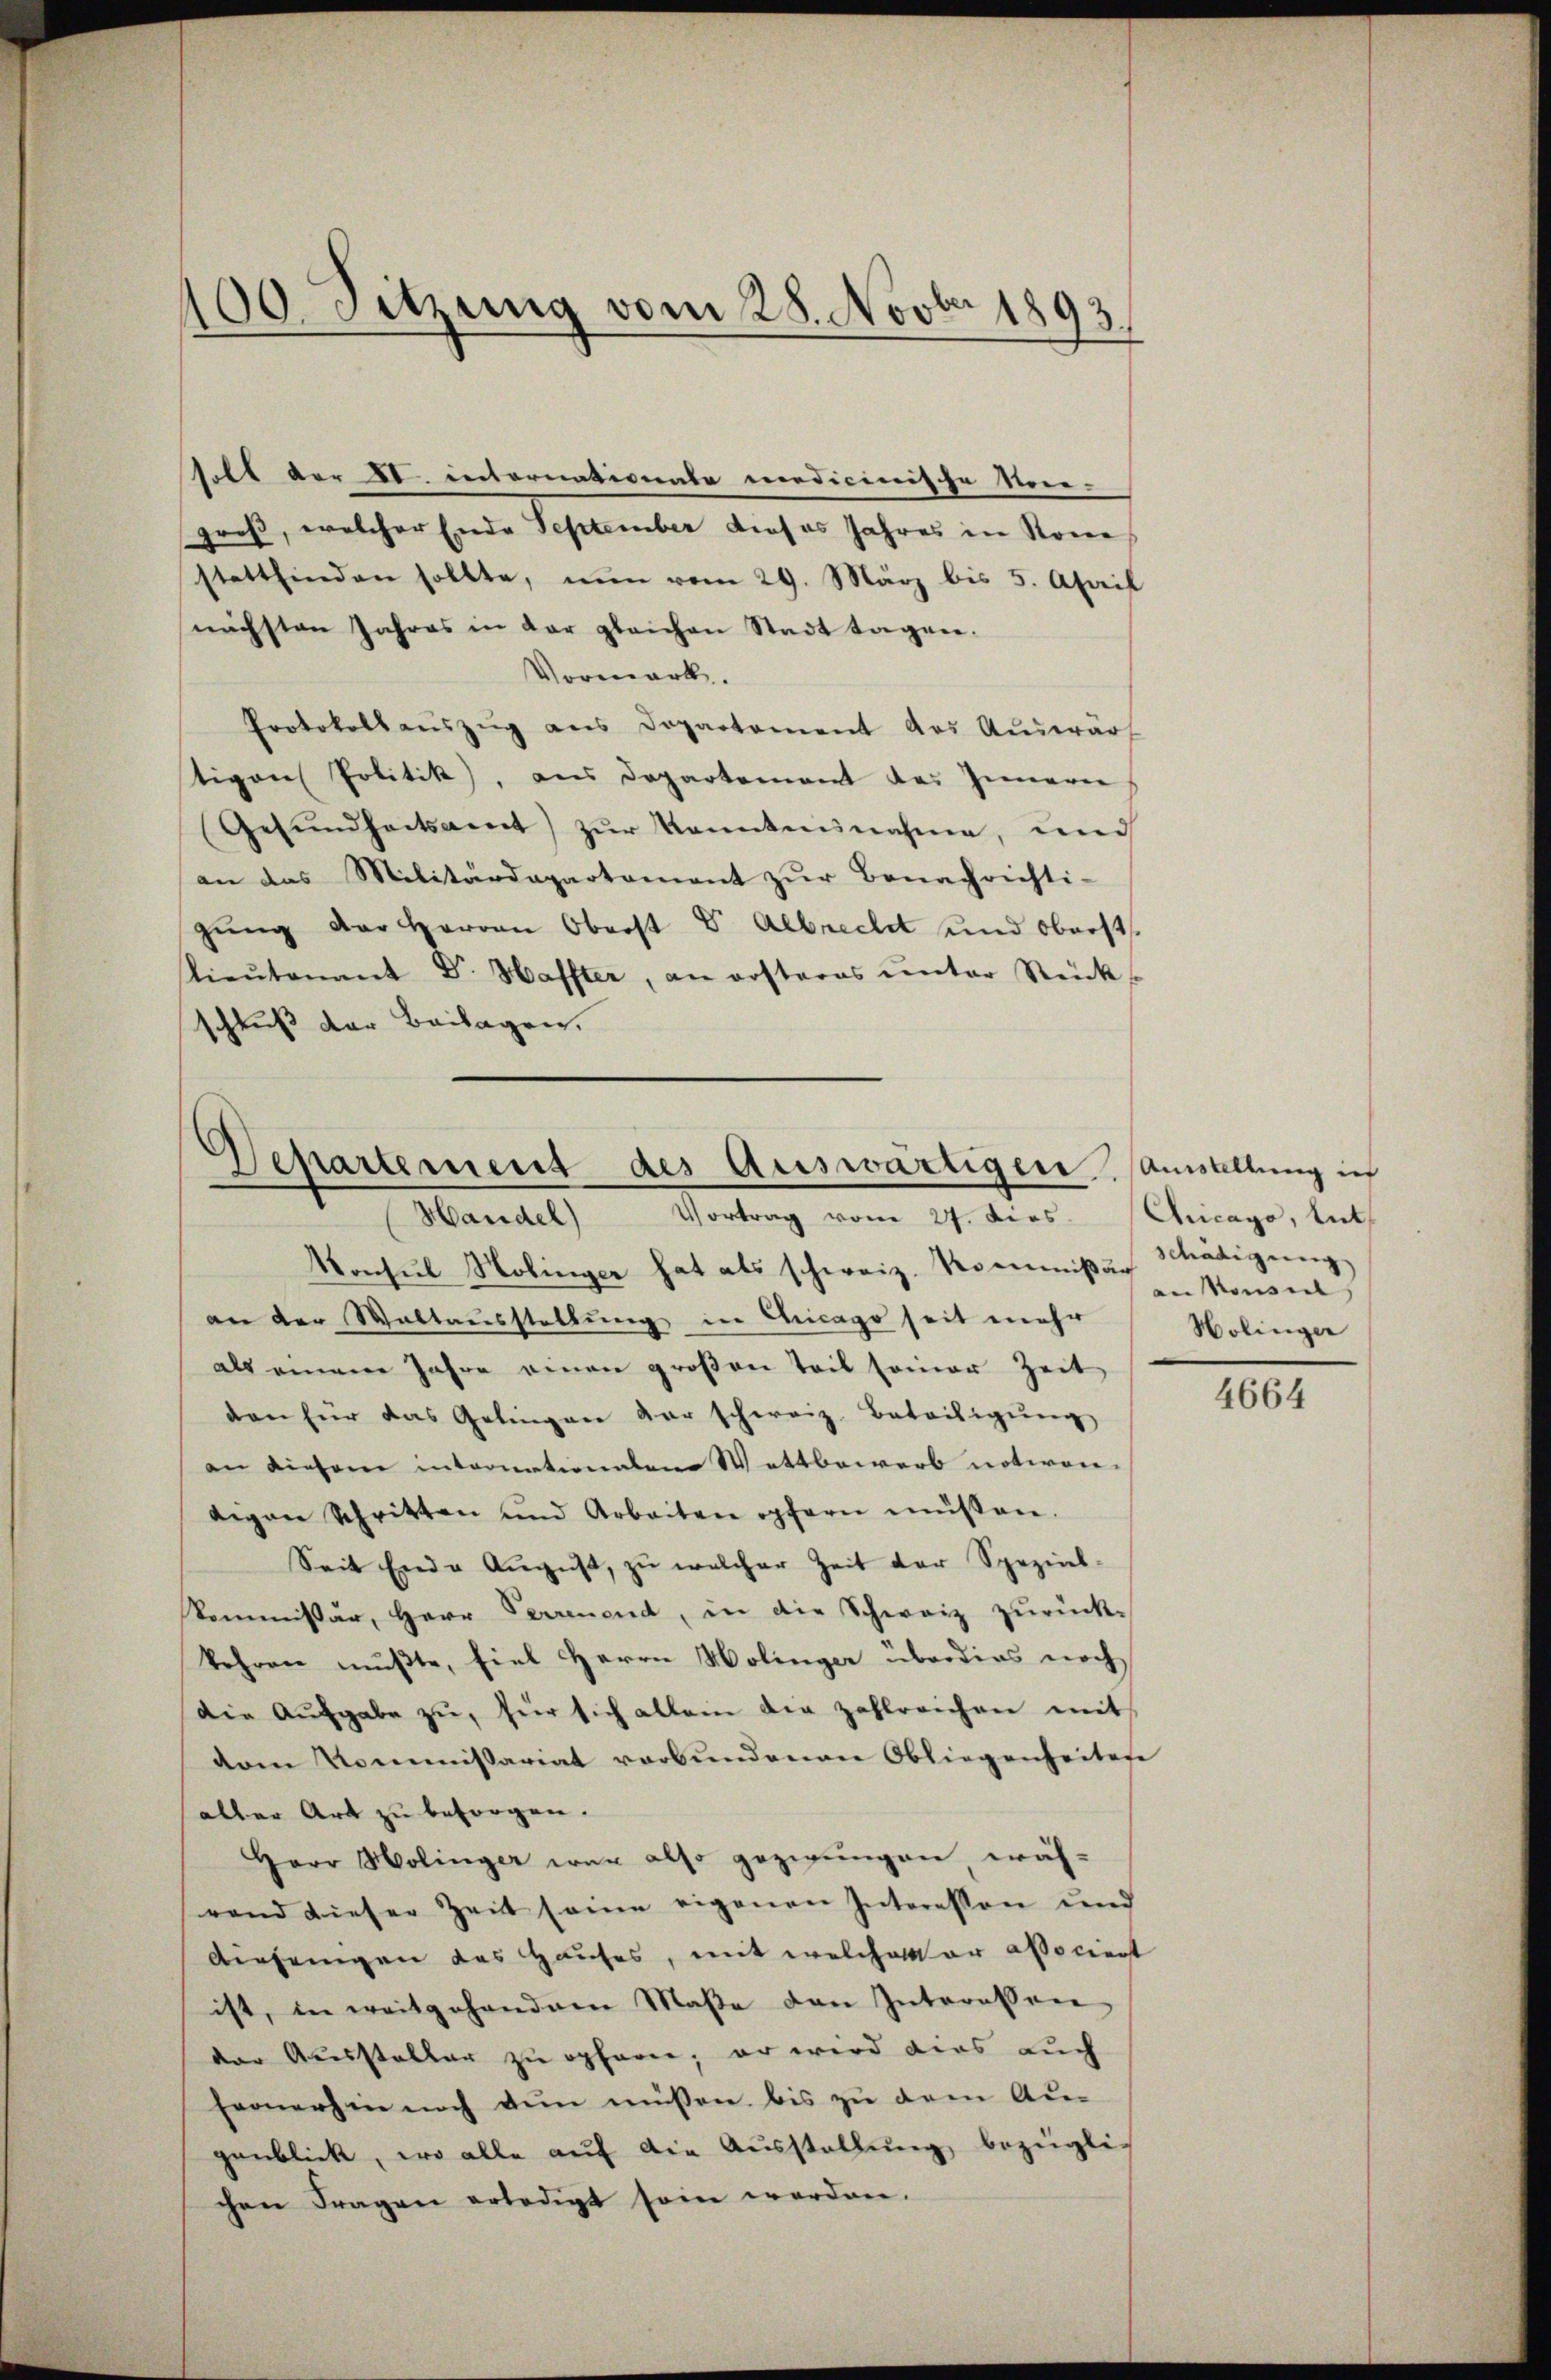
100. Sitzung vom 28. Novbr 1893.

groß, welcher Ende September dieses Jahres in Sone
stattfinden sollte, nun vom 29. März bis 5. April
nächsten Jahres in der gleichen Stadt tagen.
Vormark.
Protokollaŭszŭg ans Dopartement des Aŭswärt
tigen Politik), aus Departement des Innern
Gesŭndheitsamt zŭr Kenntnisnahme, und
an das Militärdepartament zŭr Benachrichti-
gŭng der Herren Oberst V Albrecht und Oberst
lieŭtenant Dr. Haffter, an ersteres ŭnter Rück
schluß der Beilagen,

solt der XI. internationate medicinische Nore-

Departement des Auswärtigen
Handel) Vortrag vom 27. dies. (Chicago, tut

Konsul Hobinger hat als schweiz. Kommißär Sonde
an der Waltausstellung in Chicago seit mehr
als einem Jahre einen großen Teil seiner Zeit
den für das Gelingen der schweiz. Beteiligŭng
an diesem internationalem Wettbewerb notiren.
gegen Schritten und Arbeiten opfern müssen.
Seit Ende August, zŭ welcher Zeit der Spezial-
kommissär, Herr Perrenend, in die Schweiz zurück-
kehren mußte, fiel Herrn Holinger überdies noch
Die Aŭsgabe zŭ, für sich allein die zahlreichen mit
vom Kommissariat verbŭndenen Obliegenheitere
aller Art zu besorgen.
Herr Holinger war also gezwungen, wäh-
rand dieser Zeit seine eigenen Interessen und
Anfangen das Hauses, mit welche er associert
ist, in weitgehandern Maße den Interessen
der Aussteller zu opferie, er wird dies auch
fernerhin noch den müssen bis zu dem Augenblick, wo alle auf die Ausstellung bezügli-
chen Fragen erledigt sein werden.

Ausstellung in
schädigung
Holinger

4664